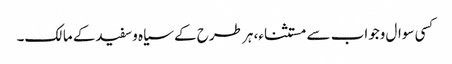
کسی سوال وجواب سے مستثناء، ہر طرح کے سیاہ وسفیدکے مالک۔